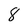
Character: 8